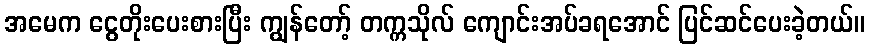
အမေက ငွေတိုးပေးစားပြီး ကျွန်တော့် တက္ကသိုလ် ကျောင်းအပ်ခရအောင် ပြင်ဆင်ပေးခဲ့တယ်။